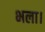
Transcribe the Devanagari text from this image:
भला।